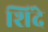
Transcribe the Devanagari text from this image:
शिंदे